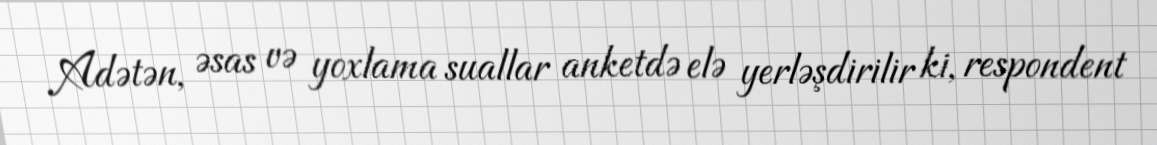
Adətən, əsas və yoxlama suallar anketdə elə yerləşdirilir ki, respondent